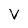
Character: V